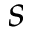
s